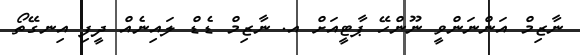
ނާޒިމް އަންނަންވީ ނޫންހޭ ޕާޓީއަށް އ. ނާޒިމް ޑެޑް ލައިނެއް ދީފި އިނގޭތޯ